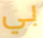
بي